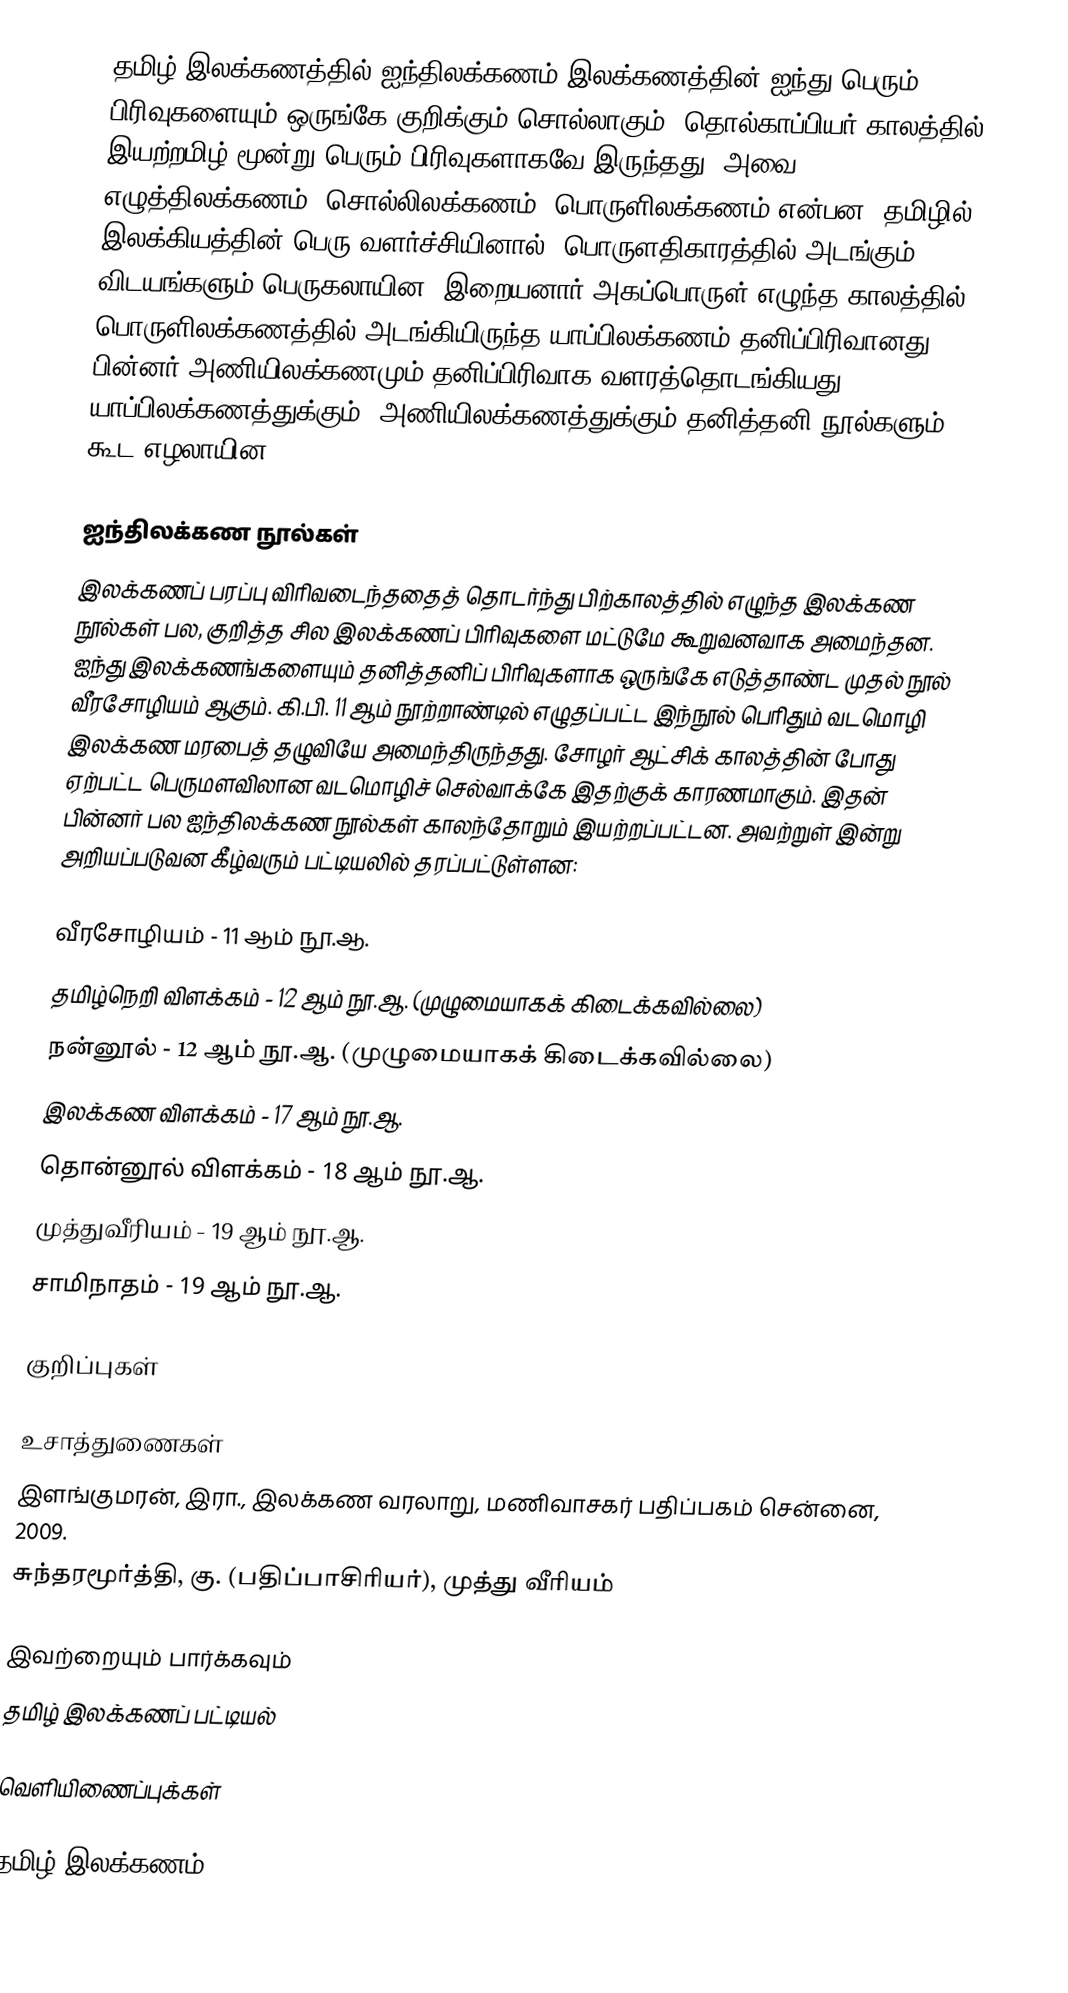
தமிழ் இலக்கணத்தில் ஐந்திலக்கணம் இலக்கணத்தின் ஐந்து பெரும் பிரிவுகளையும் ஒருங்கே குறிக்கும் சொல்லாகும். தொல்காப்பியர் காலத்தில் இயற்றமிழ் மூன்று பெரும் பிரிவுகளாகவே இருந்தது. அவை எழுத்திலக்கணம், சொல்லிலக்கணம், பொருளிலக்கணம் என்பன. தமிழில் இலக்கியத்தின் பெரு வளர்ச்சியினால், பொருளதிகாரத்தில் அடங்கும் விடயங்களும் பெருகலாயின. இறையனார் அகப்பொருள் எழுந்த காலத்தில் பொருளிலக்கணத்தில் அடங்கியிருந்த யாப்பிலக்கணம் தனிப்பிரிவானது. பின்னர் அணியிலக்கணமும் தனிப்பிரிவாக வளரத்தொடங்கியது. யாப்பிலக்கணத்துக்கும், அணியிலக்கணத்துக்கும் தனித்தனி நூல்களும் கூட எழலாயின.

ஐந்திலக்கண நூல்கள்
இலக்கணப் பரப்பு விரிவடைந்ததைத் தொடர்ந்து பிற்காலத்தில் எழுந்த இலக்கண நூல்கள் பல, குறித்த சில இலக்கணப் பிரிவுகளை மட்டுமே கூறுவனவாக அமைந்தன. ஐந்து இலக்கணங்களையும் தனித்தனிப் பிரிவுகளாக ஒருங்கே எடுத்தாண்ட முதல் நூல் வீரசோழியம் ஆகும். கி.பி. 11 ஆம் நூற்றாண்டில் எழுதப்பட்ட இந்நூல் பெரிதும் வடமொழி இலக்கண மரபைத் தழுவியே அமைந்திருந்தது. சோழர் ஆட்சிக் காலத்தின் போது ஏற்பட்ட பெருமளவிலான வடமொழிச் செல்வாக்கே இதற்குக் காரணமாகும். இதன் பின்னர் பல ஐந்திலக்கண நூல்கள் காலந்தோறும் இயற்றப்பட்டன. அவற்றுள் இன்று அறியப்படுவன கீழ்வரும் பட்டியலில் தரப்பட்டுள்ளன:

 வீரசோழியம் - 11 ஆம் நூ.ஆ.
 தமிழ்நெறி விளக்கம் - 12 ஆம் நூ.ஆ. (முழுமையாகக் கிடைக்கவில்லை)
 நன்னூல் - 12 ஆம் நூ.ஆ. (முழுமையாகக் கிடைக்கவில்லை)
 இலக்கண விளக்கம் - 17 ஆம் நூ.ஆ.
 தொன்னூல் விளக்கம் - 18 ஆம் நூ.ஆ.
 முத்துவீரியம் - 19 ஆம் நூ.ஆ.
 சாமிநாதம் - 19 ஆம் நூ.ஆ.

குறிப்புகள்

உசாத்துணைகள்
 இளங்குமரன், இரா., இலக்கண வரலாறு, மணிவாசகர் பதிப்பகம் சென்னை, 2009.
 சுந்தரமூர்த்தி, கு. (பதிப்பாசிரியர்), முத்து வீரியம்

இவற்றையும் பார்க்கவும்
 தமிழ் இலக்கணப் பட்டியல்

வெளியிணைப்புக்கள்

தமிழ் இலக்கணம்